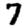
Digit: 7